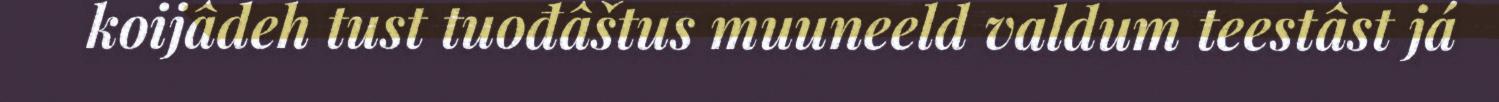
koijâdeh tust tuođâštus muuneeld valdum teestâst já